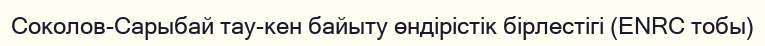
Соколов-Сарыбай тау-кен байыту өндірістік бірлестігі (ENRC тобы)